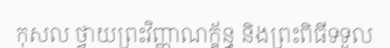
កុសល ថ្វាយព្រះវិញ្ញាណក្ខ័ន្ធ និងព្រះពិធីទទួល